Eesti_Vabariigi_Tartu_Ulikool, lk 4
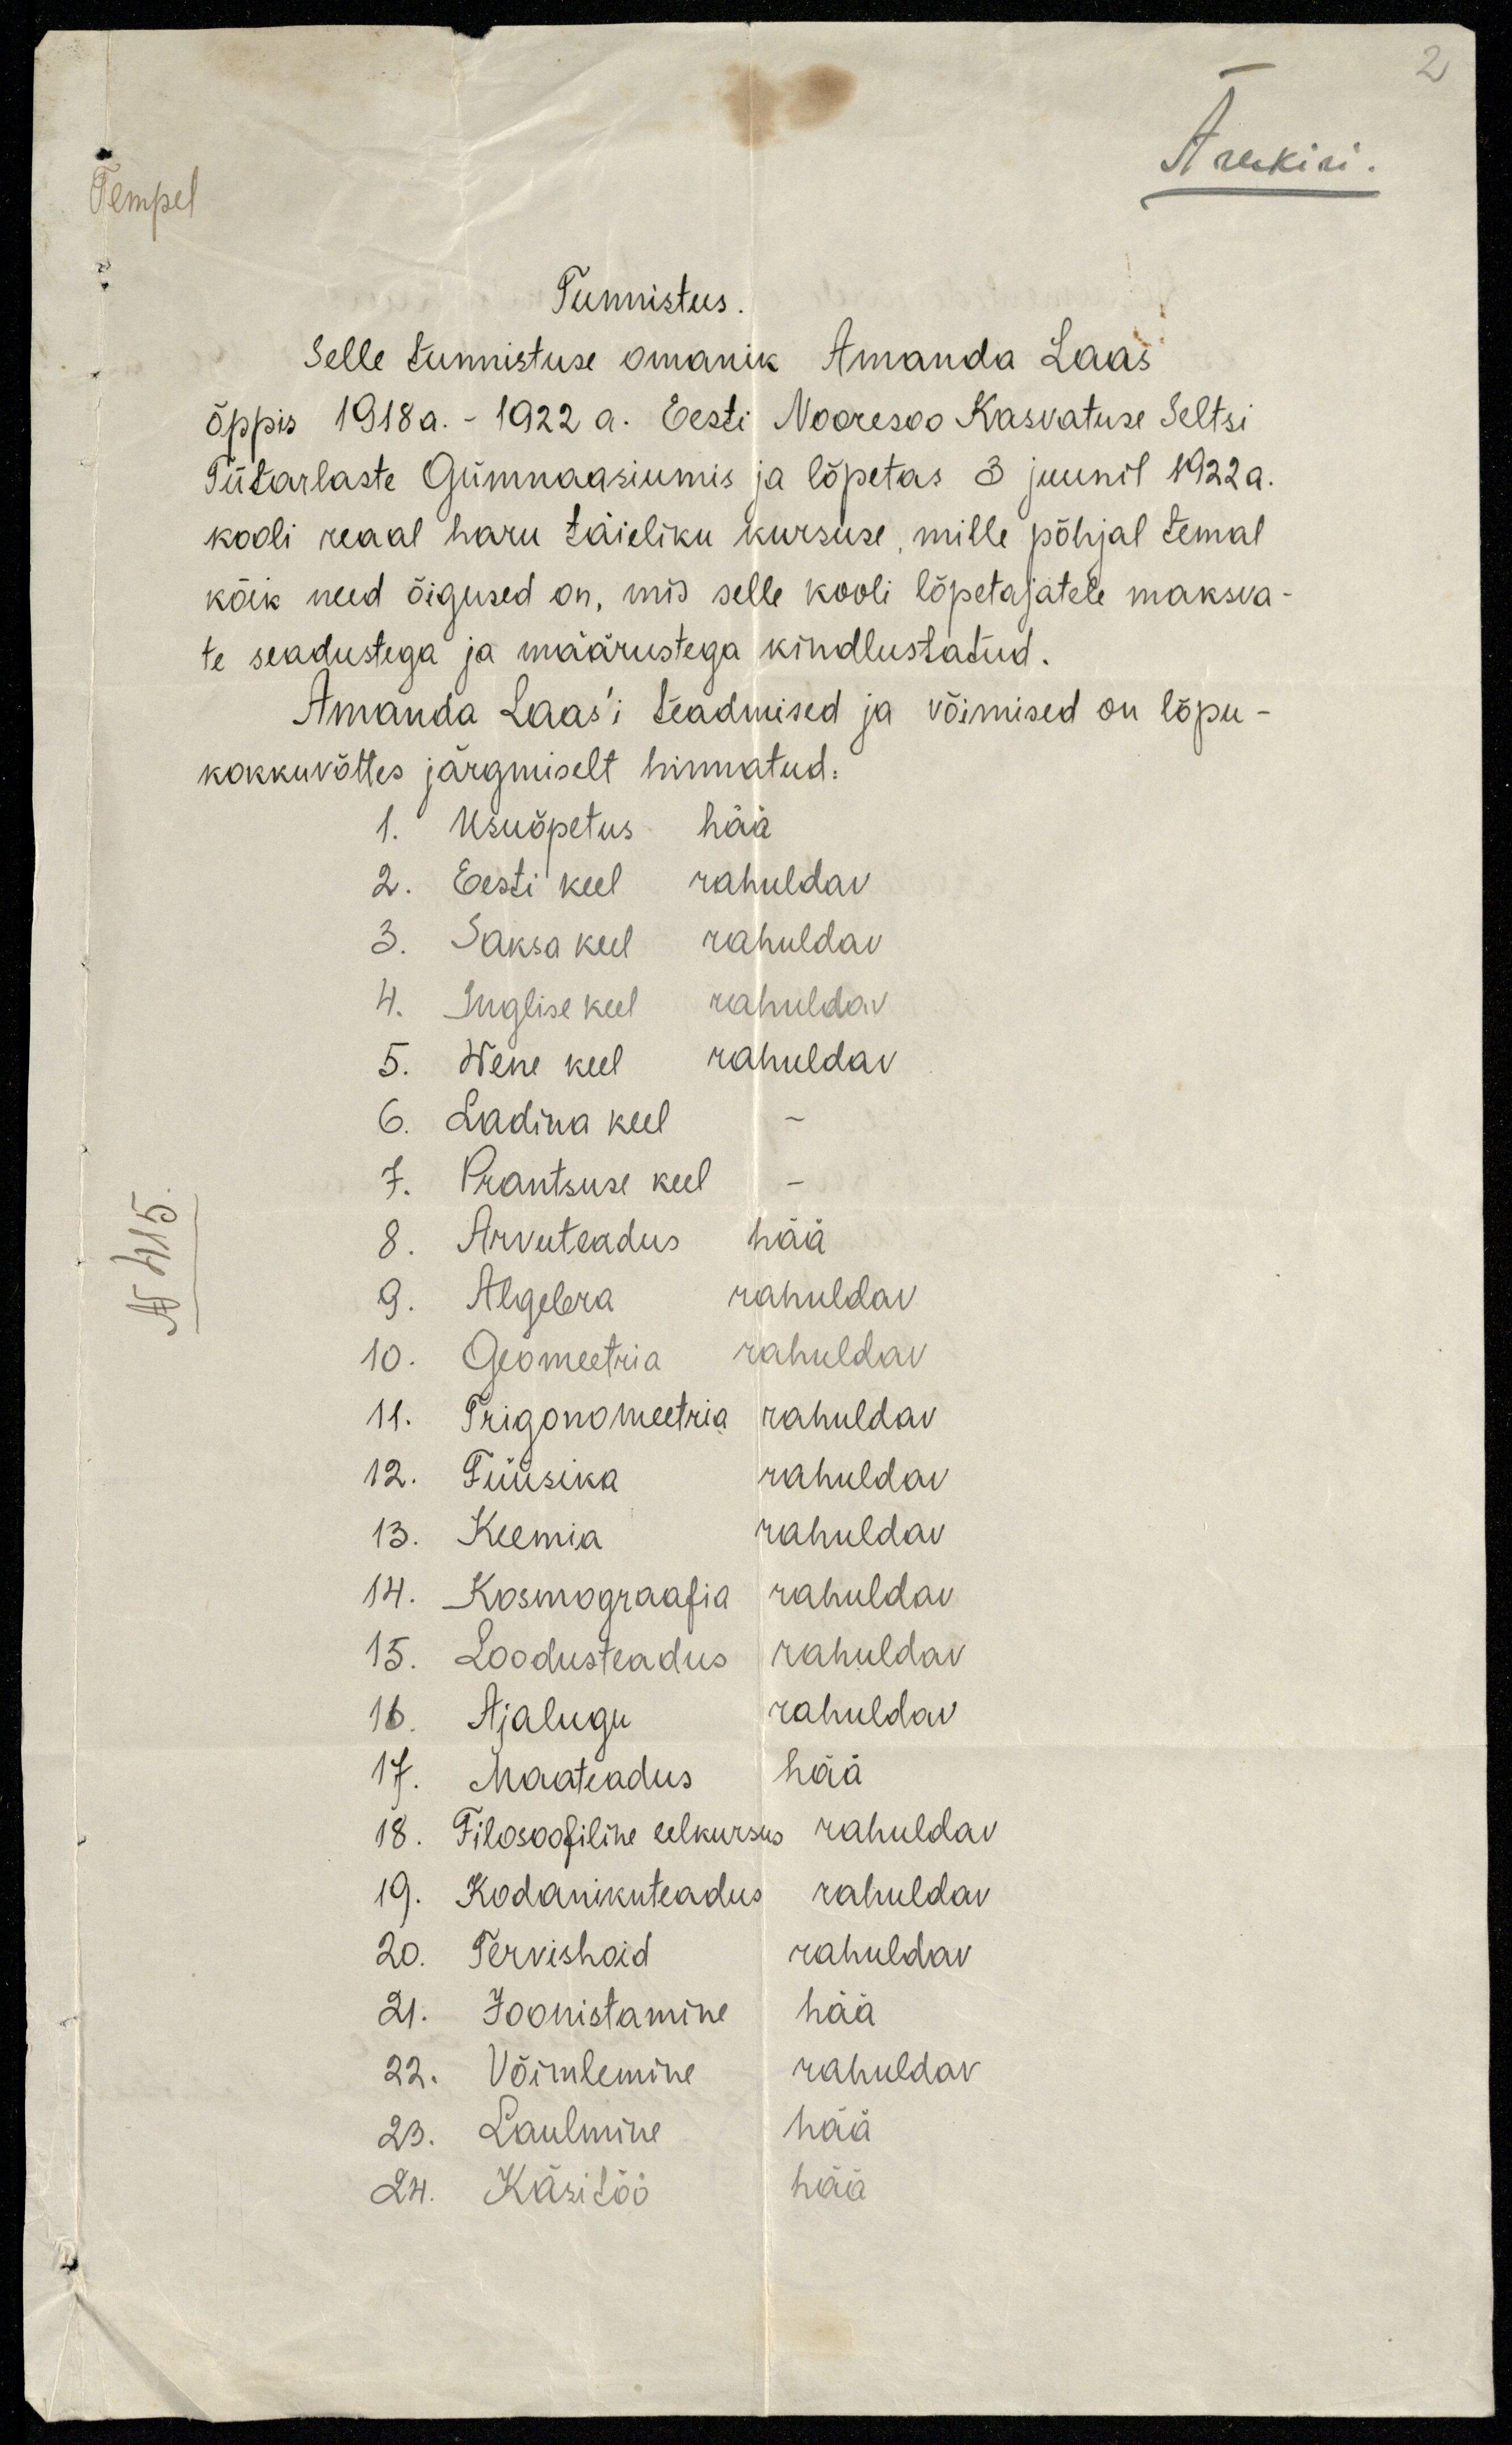
2
Ärakiri
Tempel
Tunnistus.
Selle tunnistuse omanik Amanda Laas
õppis 1918 a. - 1922 a. Eesti Nooresoo Kasvatuse Seltsi
Tütarlaste Gümnassiumis ja lõpetas 3 juunil 1922 a.
kooli reaal haru täieliku kursuse, mille põhjal temal
kõik need õigused on, mis selle kooli lõpetajatele maksva-
te seadustega ja määrustega kindlustatud.
Amanda Laas'i teadmised ja võimised on lõpu-
kokkuvõttes järgmiselt hinnatud.
1. Usuõpetus hää
2. Eesti keel rahuldav
3. Saksa keel rahuldav
4. Inglise keel rahuldav
5. Wene keel rahuldav
6. Ladina keel -
7. Prantsuse keel -
8. Arvuteadus hää
9. Algebra rahuldav
10. Geomeetria rahuldav
11. Trigonomeetria rahuldav
12. Füüsika rahuldav
13. Keemia rahuldav
14. Kosmograafia rahuldav
15. Loodusteadus rahuldav
16. Ajalugu rahuldav
17. Maateadus hää
18. Filosoofiline eelkursus rahuldav
19. Kodanikuteadus rahuldav
20. Tervishoid rahuldav
21. Joonistamine hää
22. Võimlemine rahuldav
23. Laulmine hää
24. Käsitöö hää